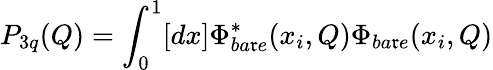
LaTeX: P_{3q}(Q)=\int_{0}^{1}[dx]\Phi_{ba\mathfrak{r}e}^{*}(x_{i},Q)\Phi_{ba\mathfrak{r}e}(x_{i},Q)